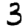
Digit: 3